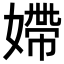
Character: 𡠹